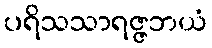
ပရိသသာရဇ္ဇဘယံ